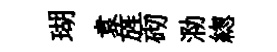
瑚袁旌砌泐緫